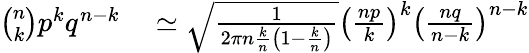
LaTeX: \begin{array}{rl}{{\binom{n}{k}}p^{k}q^{n-k}}&{{}\simeq{\sqrt{\frac{1}{2\pi n{\frac{k}{n}}\left(1-{\frac{k}{n}}\right)}}}\left({\frac{np}{k}}\right)^{k}\left({\frac{nq}{n-k}}\right)^{n-k}}\end{array}